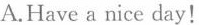
A.Have a nice day!